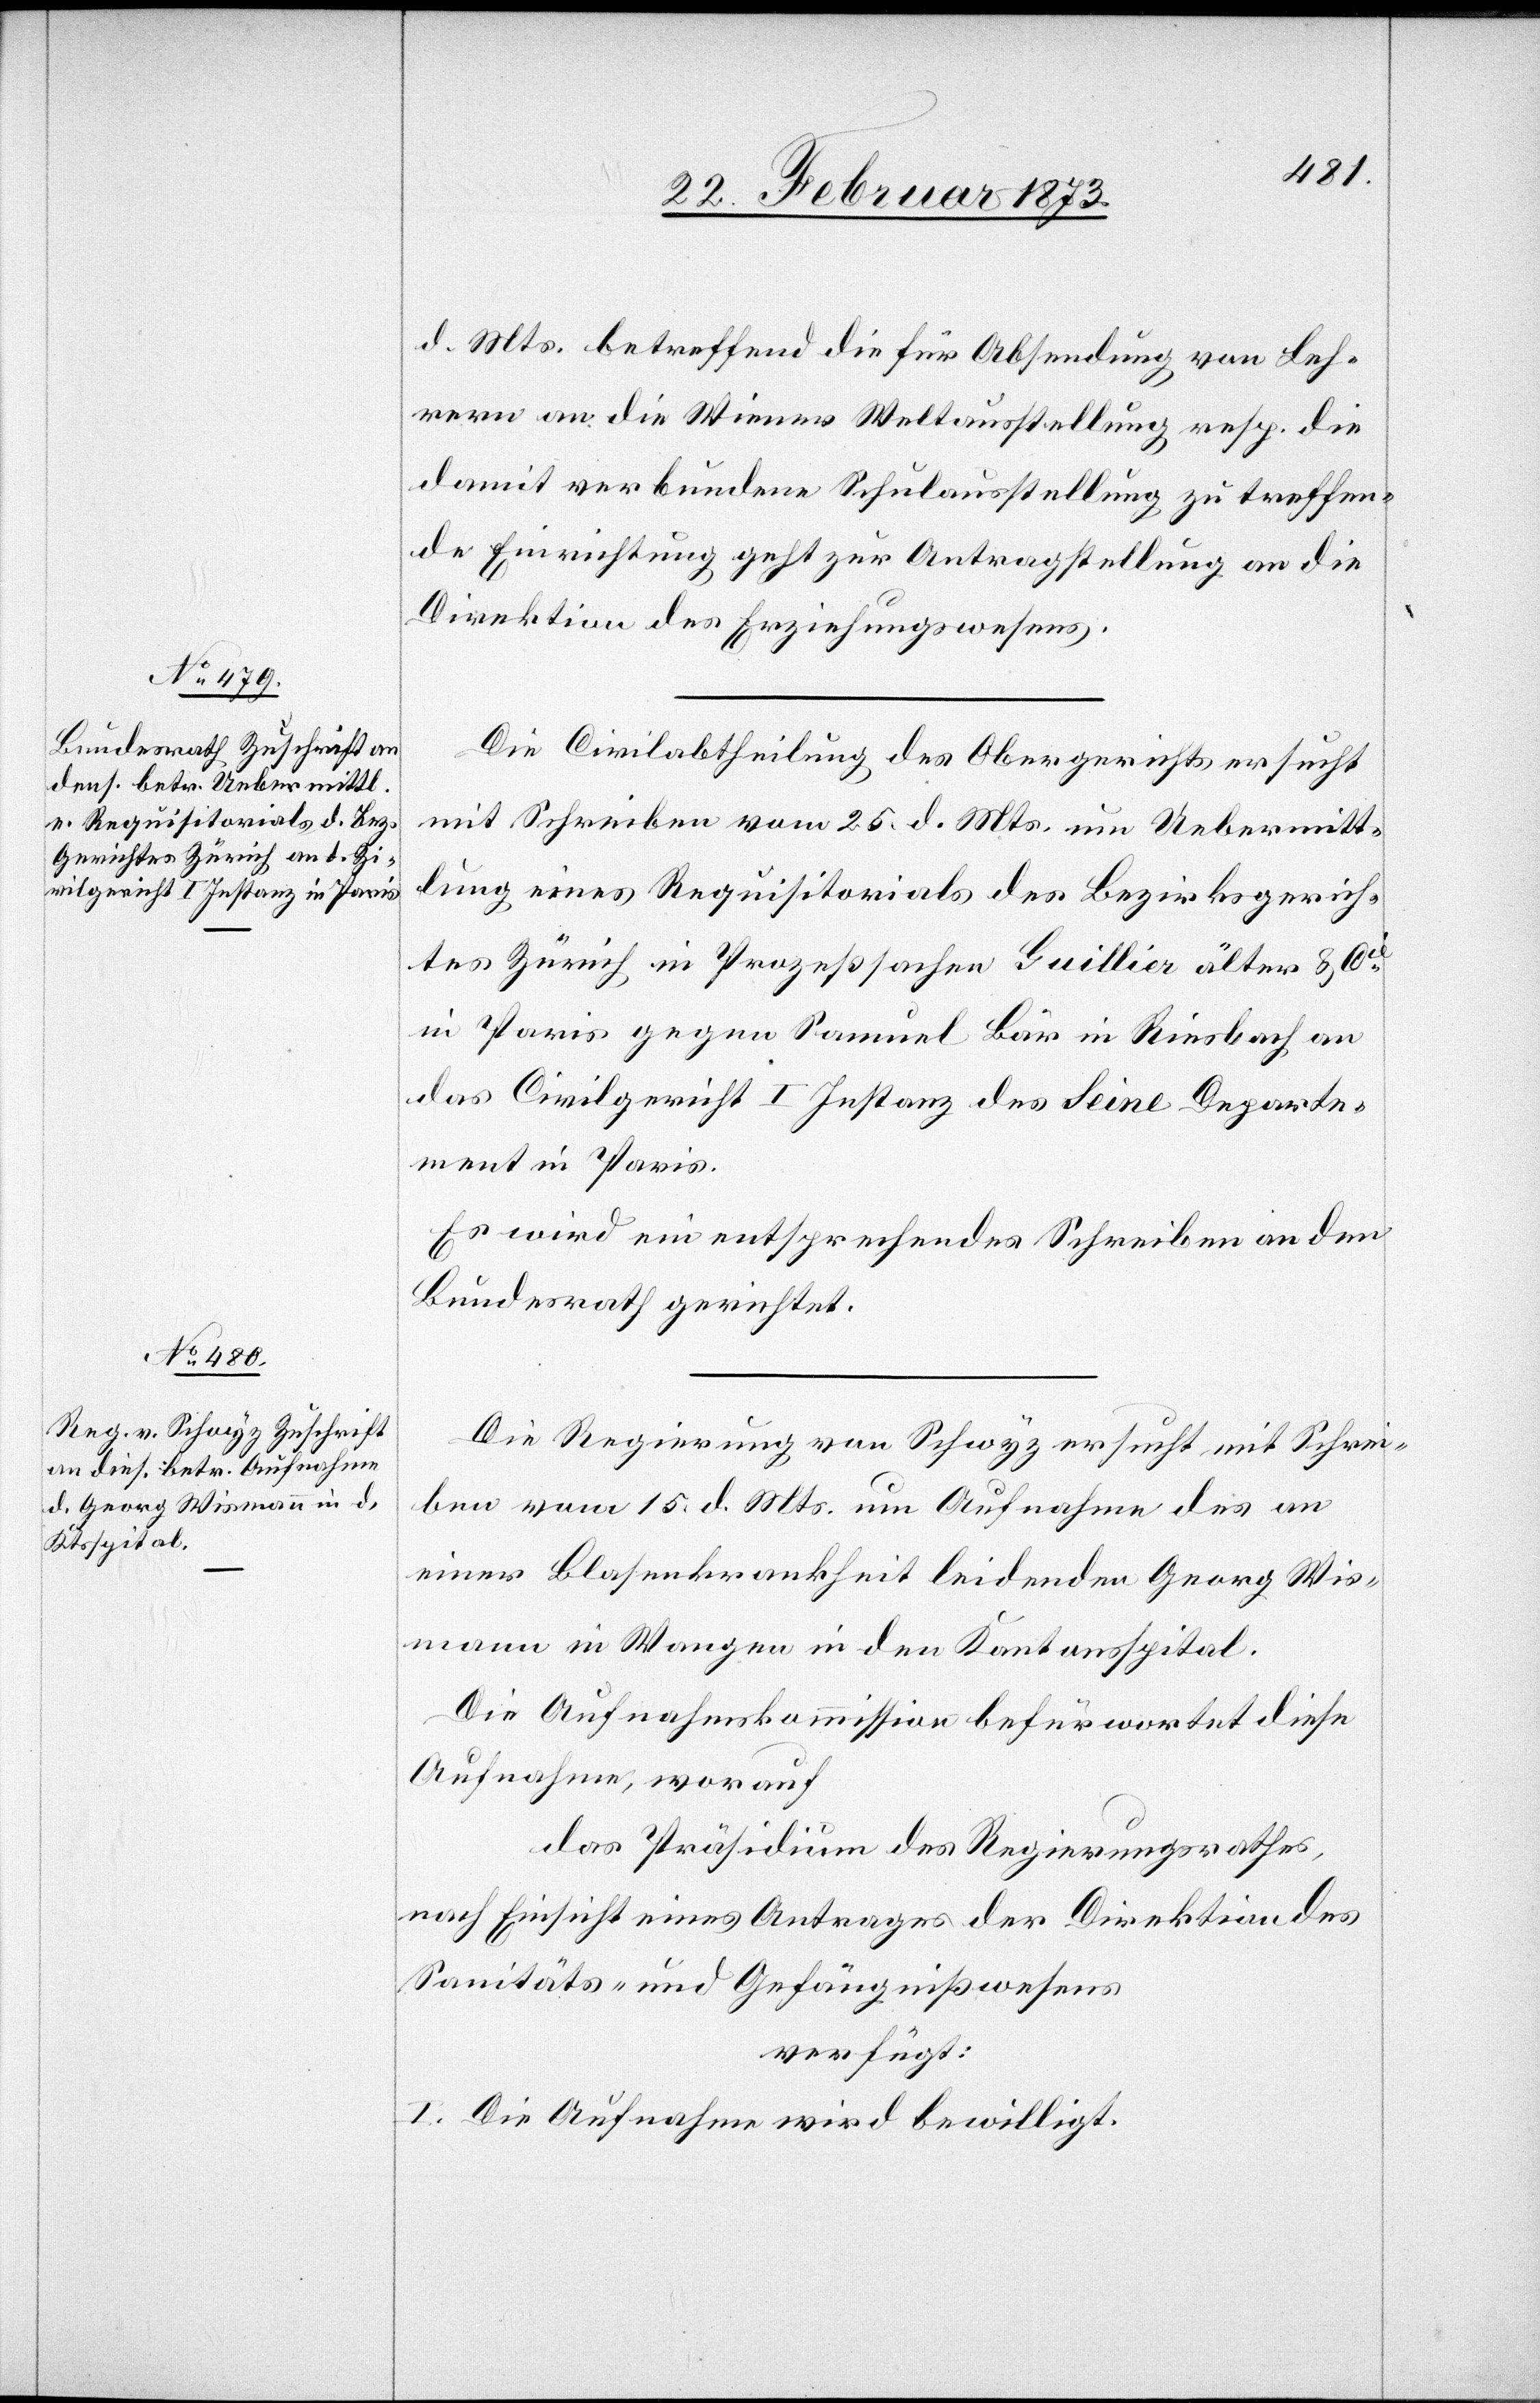
28. Februar 1873.]
d. Mts. betreffend die für Absendung von Leh¬
rern an die Wiener Weltausstellung resp. die
damit verbundene Schulausstellung zu treffen¬
de Einrichtung geht zur Antragstellung an die
Direktion des Erziehungswesens.
Die Civilabtheilung des Obergerichts ersucht
mit Schreiben vom 25. d. Mts. um Uebermitt¬
lung eines Requisitorials des Bezirksgerich¬
tes Zürich in Prozeßsachen Guillier älter u. Cie
in Paris gegen Samuel Bär in Riesbach an
das Civilgericht I Instanz des Seine Departe¬
ment in Paris.
Es wird ein entsprechendes Schreiben an den
Bundesrath gerichtet.
Die Regierung von Schwyz ersucht mit Schrei¬
ben vom 15. d. Mts. um Aufnahme des an
einer Blasenkrankheit leidenden Georg Wis¬
mann in Wangen in den Kantonsspital.
Die Aufnahmskommission befürwortet diese
Aufnahme, worauf
das Präsidium des Regierungsrathes,
nach Einsicht eines Antrages der Direktion des
Sanitäts- und Gefängnißwesens
verfügt:
I. Die Aufnahme wird bewilligt.